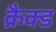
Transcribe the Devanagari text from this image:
क्रैक्ड